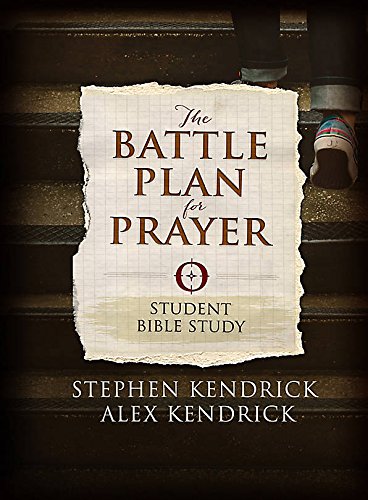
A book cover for Battle Plan: Student Edition (Member Book); Brian Mills; Christian Books & Bibles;